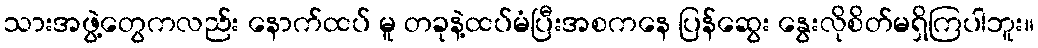
သားအဖွဲ့တွေကလည်း နောက်ထပ် မူ တခုနဲ့ထပ်မံပြီးအစကနေ ပြန်ဆွေး နွေးလိုစိတ်မရှိကြပါဘူး။